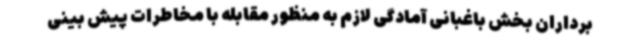
برداران بخش باغبانی آمادگی لازم به منظور مقابله با مخاطرات پیش بینی